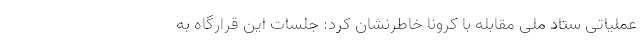
عملیاتی ستاد ملی مقابله با کرونا خاطرنشان کرد: جلسات این قرارگاه به